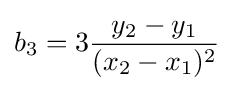
b_{3}=3{\frac {y_{2}-y_{1}}{(x_{2}-x_{1})^{2}}}